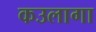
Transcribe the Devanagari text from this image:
कउलागा